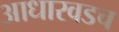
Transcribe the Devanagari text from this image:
आधारवडच